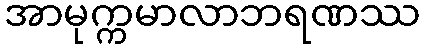
အာမုက္ကမာလာဘရဏဿ